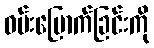
ဝမ်းမြောက်ခြင်းကို